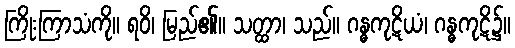
ကြိုးကြာသံကို။ ရဝိ၊ မြည်၏။ သတ္ထာ၊ သည်။ ဂန္ဓကုဋိယံ၊ ဂန္ဓကုဋိ၌။